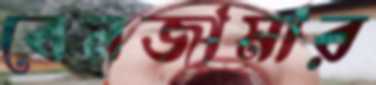
বেনজামার